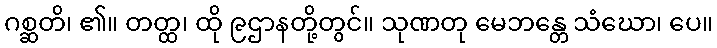
ဂစ္ဆတိ၊ ၏။ တတ္ထ၊ ထို ၉ဌာနတို့တွင်။ သုဏတု မေဘန္တေ သံဃော၊ ပေ။